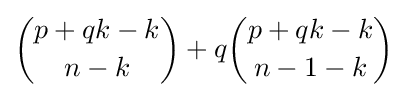
{\binom {p+qk-k}{n-k}}+q{\binom {p+qk-k}{n-1-k}}